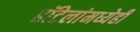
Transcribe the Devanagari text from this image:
हॉटेलांमध्येही